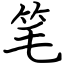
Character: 笔